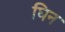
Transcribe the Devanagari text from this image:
घिन